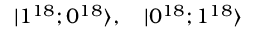
| 1 ^ { 1 8 } ; 0 ^ { 1 8 } \rangle , \quad | 0 ^ { 1 8 } ; 1 ^ { 1 8 } \rangle